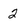
Character: 2